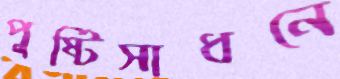
পুষ্টিসাধনে